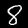
Digit: 8